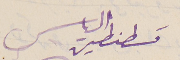
قسطنطين الياس